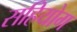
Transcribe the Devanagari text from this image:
सहियोग